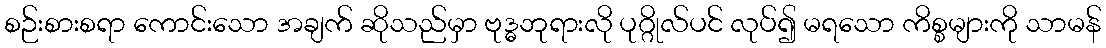
စဉ်းစားစရာ ကောင်းသော အချက် ဆိုသည်မှာ ဗုဒ္ဓဘုရားလို ပုဂ္ဂိုလ်ပင် လုပ်၍ မရသော ကိစ္စများကို သာမန်